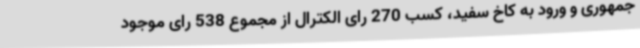
جمهوری و ورود به کاخ سفید، کسب 270 رای الکترال از مجموع 538 رای موجود